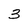
Character: 3